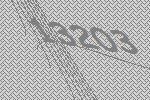
13203